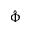
\hat { \Phi }